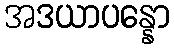
အဒယာပန္နော